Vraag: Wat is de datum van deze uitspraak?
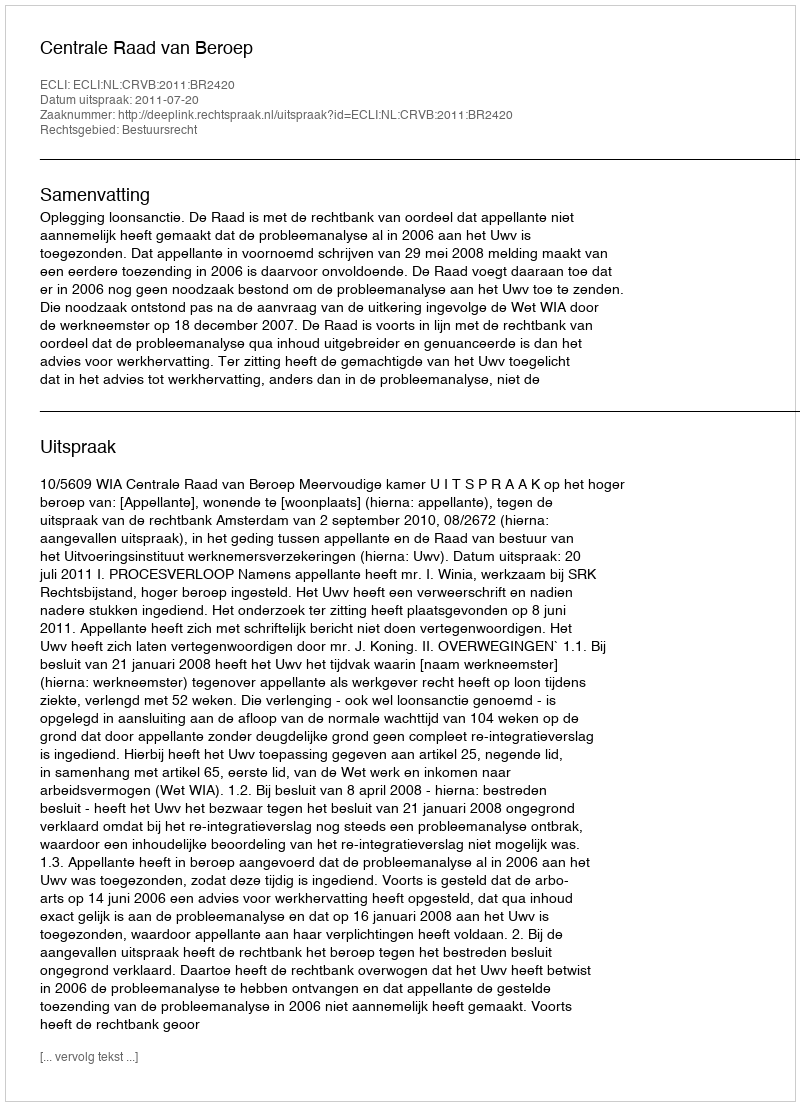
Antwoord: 2011-07-20